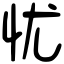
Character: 忧